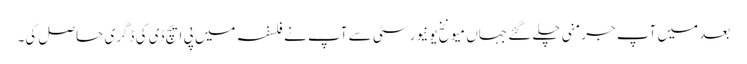
بعد میں آپ جرمنی چلے گئے جہاں میونخ یونیورسٹی سے آپ نے فلسفہ میں پی ایچ ڈی کی ڈگری حاصل کی۔